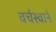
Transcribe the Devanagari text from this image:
वर्चस्वाने